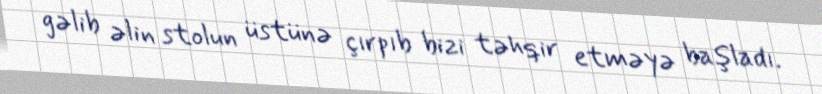
gəlib əlin stolun üstünə çırpıb bizi təhqir etməyə başladı.